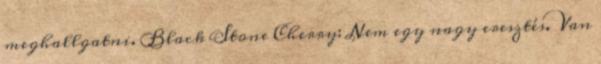
meghallgatni. Black Stone Cherry: Nem egy nagy eresztés. Van